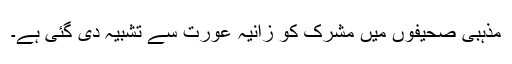
مذہبی صحیفوں میں مشرک کو زانیہ عورت سے تشبیہ دی گئی ہے۔